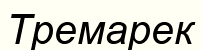
Тремарек